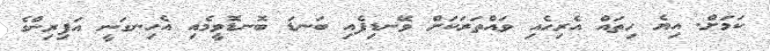
ކަމަށް. އިޔެ ހިތައް އެރިހެއި ވައްތަރަކަށް ވޭނޑިފެއި ބަނޑަ ބޮނޑޮވީމެއި އެހިނގަނީ އަފިރިންގެ